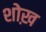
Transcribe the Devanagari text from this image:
शोख़